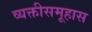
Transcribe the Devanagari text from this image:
व्यक्तीसमूहास